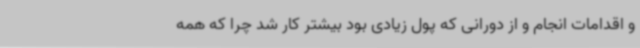
و اقدامات انجام و از دورانی که پول زیادی بود بیشتر کار شد چرا که همه